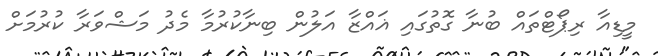
މީޑިއާ ރިޕޯޓްތައް ބުނާ ގޮތުގައި ޣައްޒާ އަލުން ބިނާކުރުމާ މެދު މަޝްވަރާ ކުރުމަށް